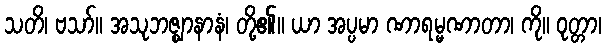
သတိ၊ ဗသာ်။ အသုဘဇ္ဈာနာနံ၊ တို့၏။ ယာ အပ္ပမာ ဏာရမ္မဏာတာ၊ ကို။ ဝုတ္တာ၊